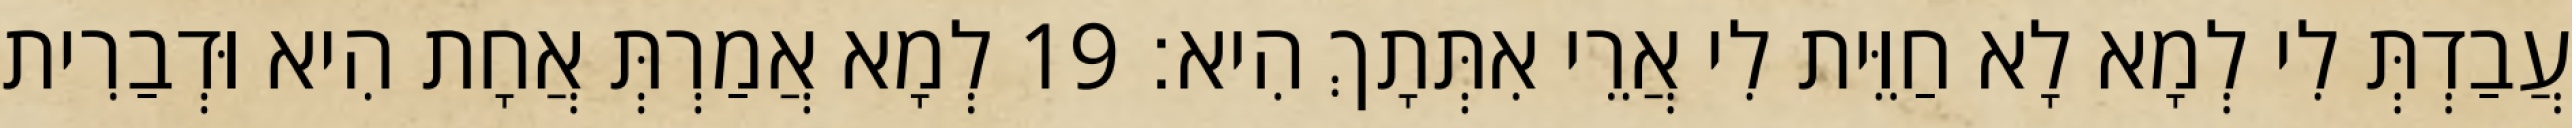
עֲבַדְתְּ לִי לְמָא לָא חַוֵּית לִי אֲרֵי אִתְּתָךְ הִיא׃ 19 לְמָא אֲמַרְתְּ אֲחָת הִיא וּדְבַרִית